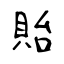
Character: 貽